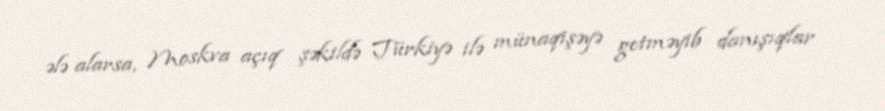
ələ alarsa, Moskva açıq şəkildə Türkiyə ilə münaqişəyə getməyib danışıqlar